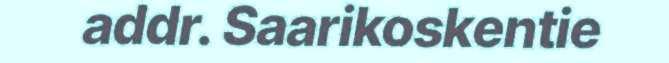
addr. Saarikoskentie